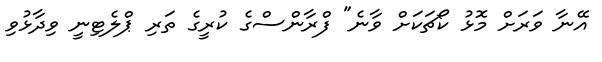
އޭނާ ވަރަށް މޮޅު ކޯޗަކަށް ވާނެ" ފްރާންސްގެ ކުރީގެ ތަރި ޕްލެޓިނީ ވިދާޅުވި